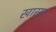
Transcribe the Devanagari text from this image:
खासर